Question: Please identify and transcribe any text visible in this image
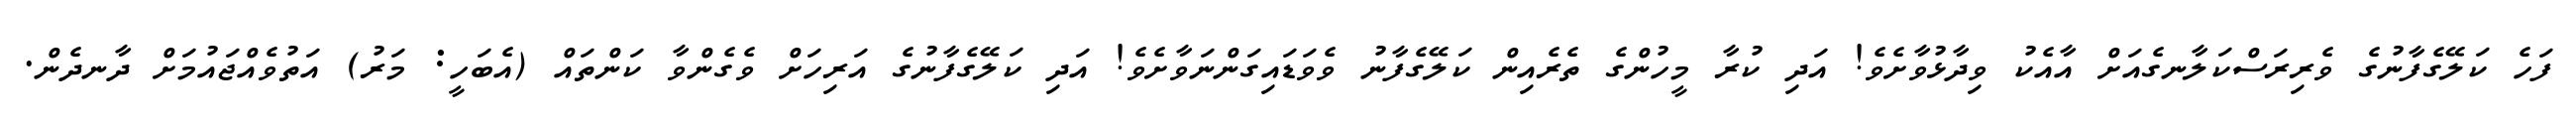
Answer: ފަހެ ކަލޭގެފާނުގެ ވެރިރަސްކަލާނގެއަށް އާއެކު ވިދާޅުވާށެވެ! އަދި ކުރާ މީހުންގެ ތެރެއިން ކަލޭގެފާނު ވެވަޑައިގަންނަވާށެވެ! އަދި ކަލޭގެފާނުގެ އަރިހަށް ވެގެންވާ ކަންތައް (އެބަހީ: މަރު) އަތުވެއްޖައުމަށް ދާނދެން.